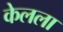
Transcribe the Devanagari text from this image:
केलला